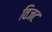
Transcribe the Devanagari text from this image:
विजट